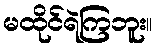
မထိုင်ရဲကြဘူး။